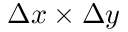
\Delta x \times \Delta y